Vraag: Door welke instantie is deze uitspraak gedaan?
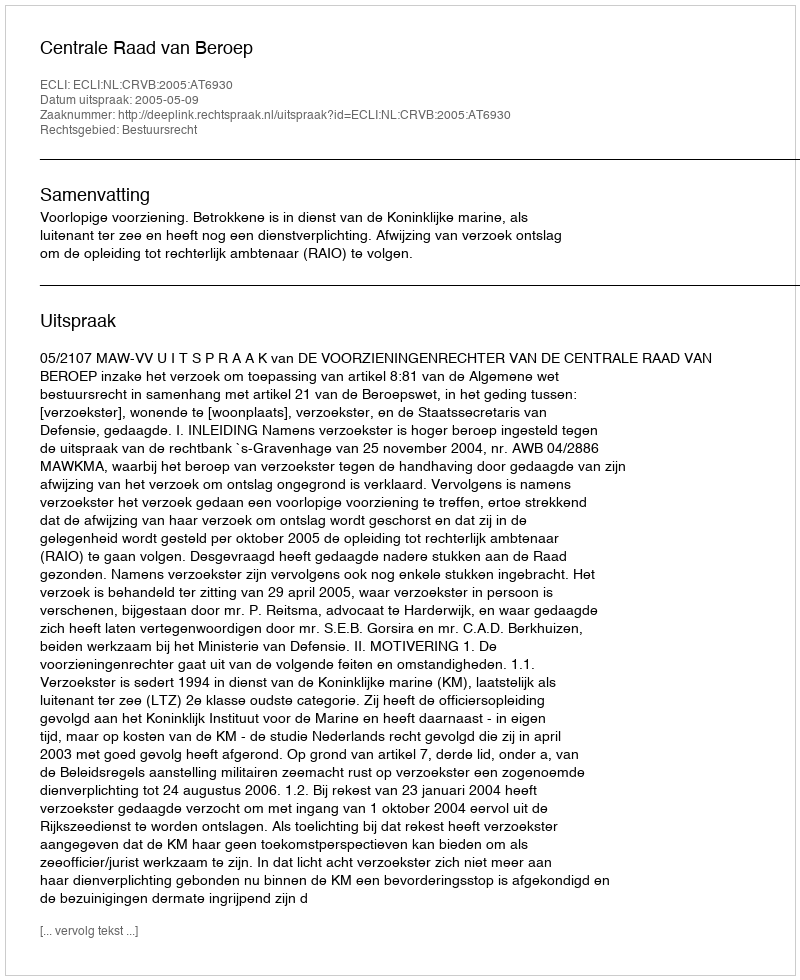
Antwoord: Centrale Raad van Beroep